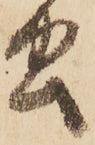
虫